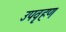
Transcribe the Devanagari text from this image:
उपवृहण